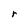
Character: r